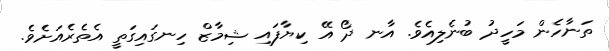
ތަނާހެން މަހީދު ބުނެލިއެވެ. އާނ ދޯ އޭ ކިޔާފައި ޝިމާޒް ހިނގައިގަތީ އެތެރެއަށެވެ.